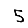
Digit: 5